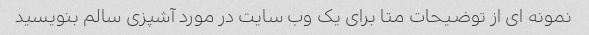
نمونه ای از توضیحات متا برای یک وب سایت در مورد آشپزی سالم بنویسید